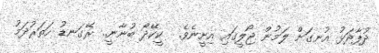
ދުފާދަޅު އުނގަށް ލަމުން ޖޯލީގައި އިށީނެވެ.  ކީކޭދޯ ބުނާނީ.. ރޭގަނޑު ހަތަރުދަމު